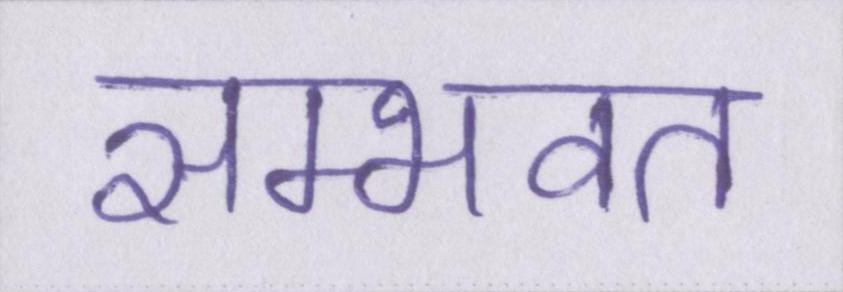
सम्भवत